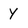
Character: Y